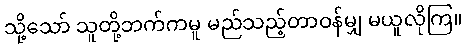
သို့သော် သူတို့ဘက်ကမူ မည်သည့်တာဝန်မျှ မယူလိုကြ။